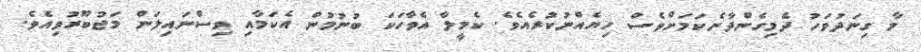
މާ ގިނަދުވަހު ދެމިގެންދާނެކަމަށްވެސް ހިޔެއްނުކުރެއެވެ. ކެމީލާ އެވާހަކަ ބުނުމުން އެކަމާއި ވިސްނައިލަން މަޖުބޫރުވިއެވެ.